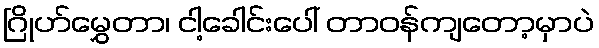
ဂြိုဟ်မွှေတာ၊ ငါ့ခေါင်းပေါ် တာဝန်ကျတော့မှာပဲ